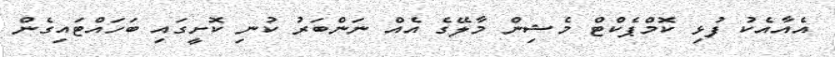
އެއާއެކު ފުޅި ކޮމްޕެކްޓް މެޝިން މާލޭގެ އެއް ނަންބަރު ކުނި ކޮށީގައި ބަހައްޓައިގެން